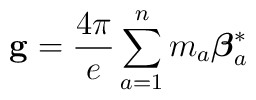
{\bf g} = {4\pi\over e} \sum_{a=1}^n m_a {\mbox{\boldmath $\beta$}}_a^*